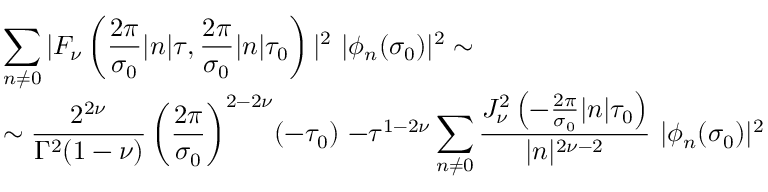
\begin{array} { l } { { { \displaystyle \sum _ { n \neq 0 } | F _ { \nu } \left( \frac { 2 \pi } { \sigma _ { 0 } } | n | \tau , \frac { 2 \pi } { \sigma _ { 0 } } | n | \tau _ { 0 } \right) | ^ { 2 } ~ | \phi _ { n } ( \sigma _ { 0 } ) | ^ { 2 } \sim } } } \\ { { { \displaystyle \sim \frac { 2 ^ { 2 \nu } } { \Gamma ^ { 2 } ( 1 - \nu ) } \left( \frac { 2 \pi } { \sigma _ { 0 } } \right) ^ { 2 - 2 \nu } \! ( - \tau _ { 0 } ) ~ { - \tau } ^ { 1 - 2 \nu } \sum _ { n \neq 0 } ^ { } \frac { J _ { \nu } ^ { 2 } \left( - \frac { 2 \pi } { \sigma _ { 0 } } | n | \tau _ { 0 } \right) } { | n | ^ { 2 \nu - 2 } } ~ | \phi _ { n } ( \sigma _ { 0 } ) | ^ { 2 } } } } \end{array}